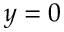
y = 0